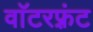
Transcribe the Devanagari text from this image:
वाॅटरफ़्रंट